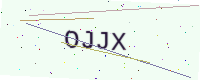
Text: OJJX